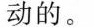
动的。